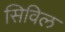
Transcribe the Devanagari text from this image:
सिविल